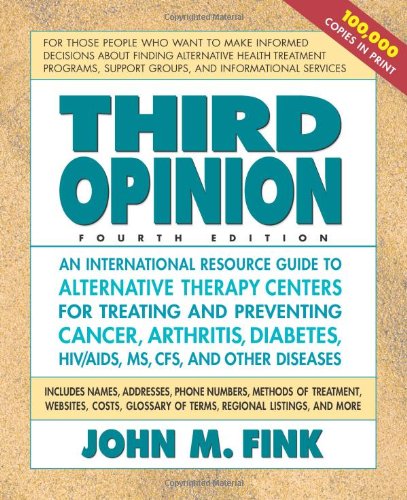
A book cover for Third Opinion, Fourth Edition: An International Resource Guide to Alternative Therapy Centers for Treating and Preventing Cancer, Arthritis, Diabetes, HIV/AIDS, MS, CFS, and Other Diseases; John M. Fink; Health, Fitness & Dieting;